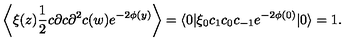
\left\langle \xi ( z ) \frac { 1 } { 2 } c \partial c \partial ^ { 2 } c ( w ) e ^ { - 2 \phi ( y ) } \right\rangle = \langle 0 | \xi _ { 0 } c _ { 1 } c _ { 0 } c _ { - 1 } e ^ { - 2 \phi ( 0 ) } | 0 \rangle = 1 .